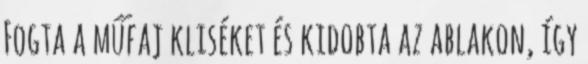
Fogta a műfaj kliséket és kidobta az ablakon, így